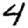
Digit: 4